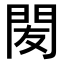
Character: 𨳧